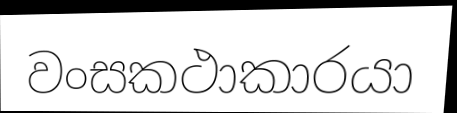
වංසකථාකාරයා